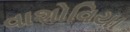
વાશોવિયા